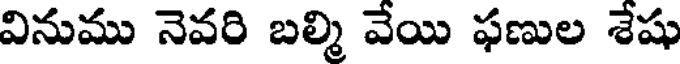
వినుము నెవరి బల్మి వేయి ఫణుల శేషు